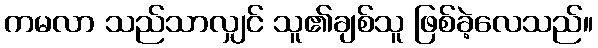
ကမလာ သည်သာလျှင် သူ၏ချစ်သူ ဖြစ်ခဲ့လေသည်။